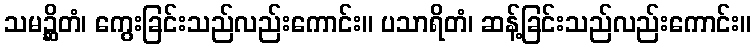
သမဉ္ဆိတံ၊ ကွေးခြင်းသည်လည်းကောင်း။ ပသာရိတံ၊ ဆန့်ခြင်းသည်လည်းကောင်း။